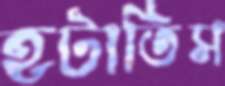
হটাতিস